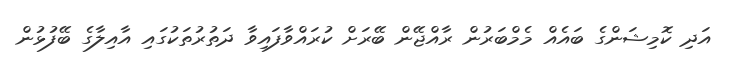
އަދި ކޮމިޝަންގެ ބައެއް މެމްބަރުން ރާއްޖޭން ބޭރަށް ކުރައްވާފައިވާ ދަތުރުތަކުގައި އާއިލާގެ ބޭފުޅުން